King Institute of Preventive Medicine Micro-Biological Section reports 1909-11
Year: 1909
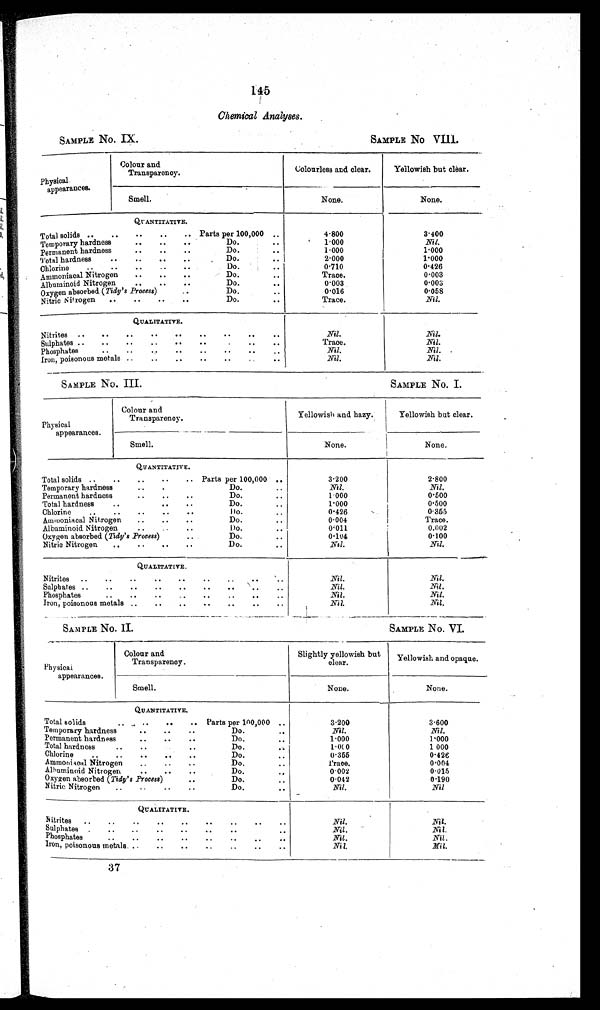
SAMPLE No. IX.
SAMPLE No VIII.
SAMPLE No. III.
SAMPLE NO. I.
SAMPLE No. II.
SAMPLE NO. VI.
145
Chemical Analyses.
Physical
appearances.
Colour and
Transparency.
Colourless and clear.
Yellowish but clear.
Smell.
None.
None.
QUANTITATIVE.
Total solids ..
..
..
.. Parts per 100,000 ..
4.800
3.400
Temporary hardness
..
..
Do.
...
1 . 000
Nil.
Permanent hardness
..
..
..
Do.
. .
1.000
1.000
Total hardness
..
..
..
Do.
. .
2.000
1.000
Chlorine
..
..
..
..
Do.
. .
0.710
0.426
Ammoniacal Nitrogen
..
..
..
Do.
..
Trace.
0.003
Albuminoid Nitrogen
..
..
Do.
. .
0.003
0.003
Oxygen absorbed (Tidy's Process)
Do.
. .
0.016
0.058
Nitric Nitrogen
..
..
..
..
Do.
. .
Trace.
Nil.
QUALITATIVE.
Nitrites ..
..
..
..
..
..
..
Nil.
.Nil.
Sulphates ..
..
.
..
..
..
..
Trace.
Nil.
Phosphates
..
..
..
..
..
Nil.
Nil.
Iron, poisonous metals ..
..
..
..
..
Nil.
Nil.
Physical
appearances.
Colour and
Transparency.
Yellowish and hazy.
Yellowish but clear.
Smell.
None.
None.
QUANTITATIVE.
Total solids ..
..
..
..
.. Parts per 100,000 ..
3.200
2.800
Temporary hardness
Do.
Nil.
Nil.
Permanent hardness
..
..
..
Do.
..
1.000
0.500
Total hardness
..
..
..
Do.
1.000
0.500
Chlorine
..
..
..
..
..
Do.
..
0.426
0.355
Ammoniacal Nitrogen
..
..
..
Do.
0.004
Trace.
Albuminoid Nitrogen
..
..
..
Do.
..
0 . 0 1 1
0.002
Oxygen absorbed (Tidy's Process)
Do.
..
0.104
0.100
Nitric Nitrogen
..
..
..
..
Do.
.
Nil.
Nil.
QUALITATIVE,
Nitrites
..
..
..
..
..
..
..
Nil.
N
i l
Sulphates ..
..
..
..
..
..
..
..
..
Nil.
Nil .
Phosphates
..
..
..
..
..
..
..
..
Nil .
Nil.
Iron, poisonous metals ..
..
..
..
..
..
..
Nil.
Nil.
Physical
appearances.
Colour and
Transparency.
Slightly yellowish but
clear.
Yellowish and opaque.
Smell.
None.
None.
QUANTITATIVE.
Total solids
Parts per 100,000 ..
3.200
3.600
Temporary hardness
..
..
..
Do.
..
Nil.
Nil.
Permanent hardness
..
..
..
Do.
1.000
1 . 0 0 0
Total hardness
..
..
..
Do.
1.000
1 000
Chlorine
..
..
..
..
..
Do.
..
0.355
0.426
Ammoniacal Nitrogen
..
..
..
Do.
T r a d e .
0.004
Albuminoid Nitrogen
..
..
..
Do.
..
0.002
0.015
Oxygen absorbed (Tidy's Process)
Do.
0.042
0.190
Nitric Nitrogen
..
..
..
..
Do.
. .
Nil.
Nil
QUALITATIVE.
Nitrites.
Nil.
Nil.
Sulphates
Nil .
Nil .
Phosphates
Nil .
Nil .
Iron, poisonous metals ..
..
..
..
..
..
Nil.
N i l
.
37